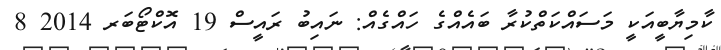
ކާމިޔާބީއަކީ މަސައްކަތްކުރާ ބައެއްގެ ހައްގެއް: ނައިބު ރައީސް 19 އޮކްޓޯބަރ 2014 8